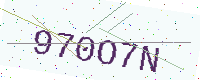
Text: 970O7N